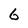
Character: 6